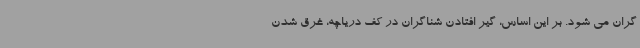
گران می شود. بر این اساس، گیر افتادن شناگران در کف دریاچه، غرق شدن